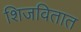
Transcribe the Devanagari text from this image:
शिजवितात